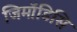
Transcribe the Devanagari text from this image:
जिमॉडिसि